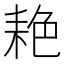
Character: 𬚐